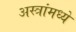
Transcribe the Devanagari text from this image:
अस्त्रांमध्ये